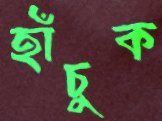
হাঁচুক